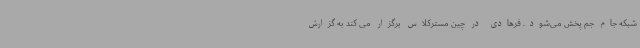
شبکه جام جم پخش می‌شود. فرهادی در چین مسترکلاس برگزار می کند به گزارش